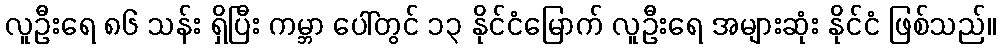
လူဦးရေ ၈၆ သန်း ရှိပြီး ကမ္ဘာ ပေါ်တွင် ၁၃ နိုင်ငံမြောက် လူဦးရေ အများဆုံး နိုင်ငံ ဖြစ်သည်။